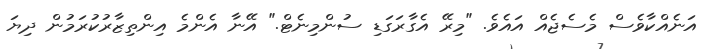
އަނެއްކާވެސް މެސެޖެއް އައެވެ. "މިރޭ އެގާރަގަޑި ސުންމިނެޓް." އޭނާ އެންމެ އިންތިޒާރުކުރަމުން ދިޔަ